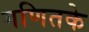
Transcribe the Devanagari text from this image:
गणितके